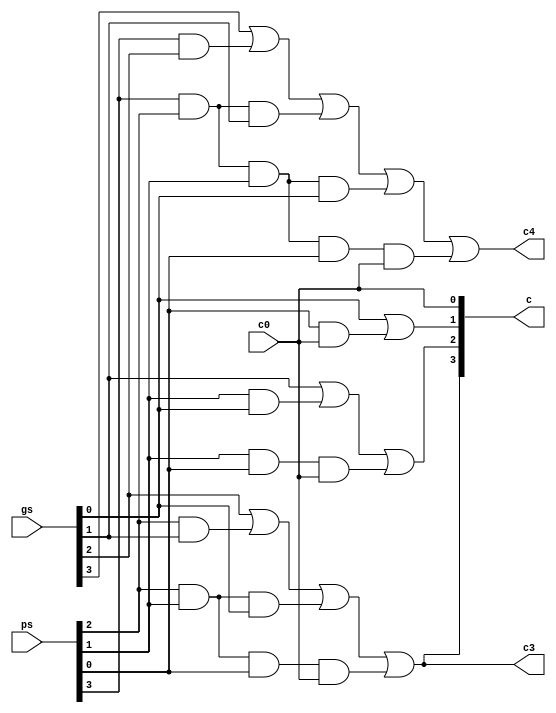
module cgu_4bits (ps, gs, c0, c, c3, c4);
input [3:0] ps, gs;
input c0;
output[3:0] c;
output c3, c4;

assign c[0] = c0;
assign c[1] = gs[0] | ps[0] & c0;
assign c[2] = gs[1] | ps[1] & gs[0] | ps[1] & ps[0] & c0;
assign c[3] = gs[2] | ps[2] & gs[1] | ps[2] & ps[1] & gs[0] | ps[2] & ps[1] & ps[0] & c0;
assign c3 = c[3];
assign c4 = gs[3] | ps[3] & gs[2] | ps[3] & ps[2] & gs[1] | ps[3] & ps[2] & ps[1] & gs[0] | ps[3] & ps[2] & ps[1] & ps[0] & c0;
endmodule